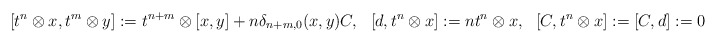
\begin{align*} [t^n\otimes x, t^m\otimes y]:=t^{n+m}\otimes[x,y]+n\delta_{n+m,0}(x,y)C, \ \ [d,t^n\otimes x]:= nt^n\otimes x, \ \ [C,t^n\otimes x]:=[C,d]:=0\end{align*}